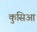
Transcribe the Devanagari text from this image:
कुसिआ